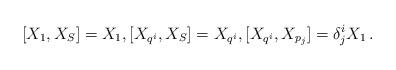
LaTeX: \begin{align*}[ X_{1} , X_{S} ] = X_{1}, [X_{q^i}, X_{S} ] = X_{q^i}, [X_{q^i} , X_{p_j} ] = \delta^i_jX_{1}\,.\end{align*}